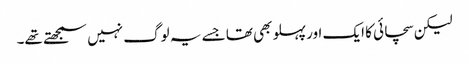
لیکن سچائی کا ایک اور پہلو بھی تھا جسے یہ لوگ نہیں سمجھتے تھے۔